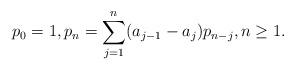
LaTeX: \begin{align*}p_{0}=1,p_{n}=\sum_{j=1}^{n}(a_{j-1}-a_j)p_{n-j},n\geq1.\end{align*}